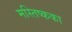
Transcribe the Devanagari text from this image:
मस्तिष्कका